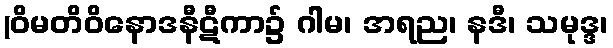
(ဝိမတိဝိနောဒနီဋီကာ၌ ဂါမ၊ အရည၊ နဒီ၊ သမုဒ္ဒ၊